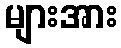
များအား